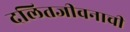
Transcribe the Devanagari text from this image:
दलितजीवनाची